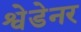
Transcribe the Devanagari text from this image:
श्वेडेनर